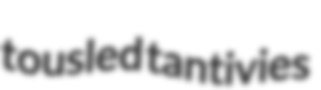
tousled tantivies